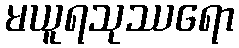
မယူရသုဿရော